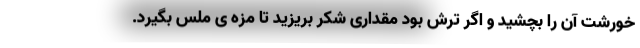
خورشت آن را بچشید و اگر ترش بود مقداری شکر بریزید تا مزه ی ملس بگیرد.